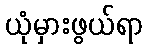
ယုံမှားဖွယ်ရာ